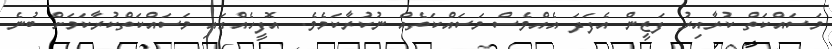
މަސައްކަތް ކުރާއިރު ފަޒީން އެފަދަ އެއްވެސް މަސައްކަތެއް ނުކުރާކަމެެވެ. އޮފީހެއްގައި މަސައްކަތްކުރާކަމަށް ބުނެ